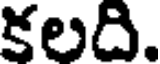
కలది.